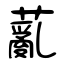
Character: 薍